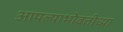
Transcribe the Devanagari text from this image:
आपल्याभोवतीच्या